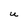
Character: U